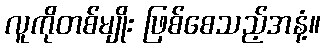
လူကိုတစ်မျိုး ဖြစ်စေသည့်အနံ့။